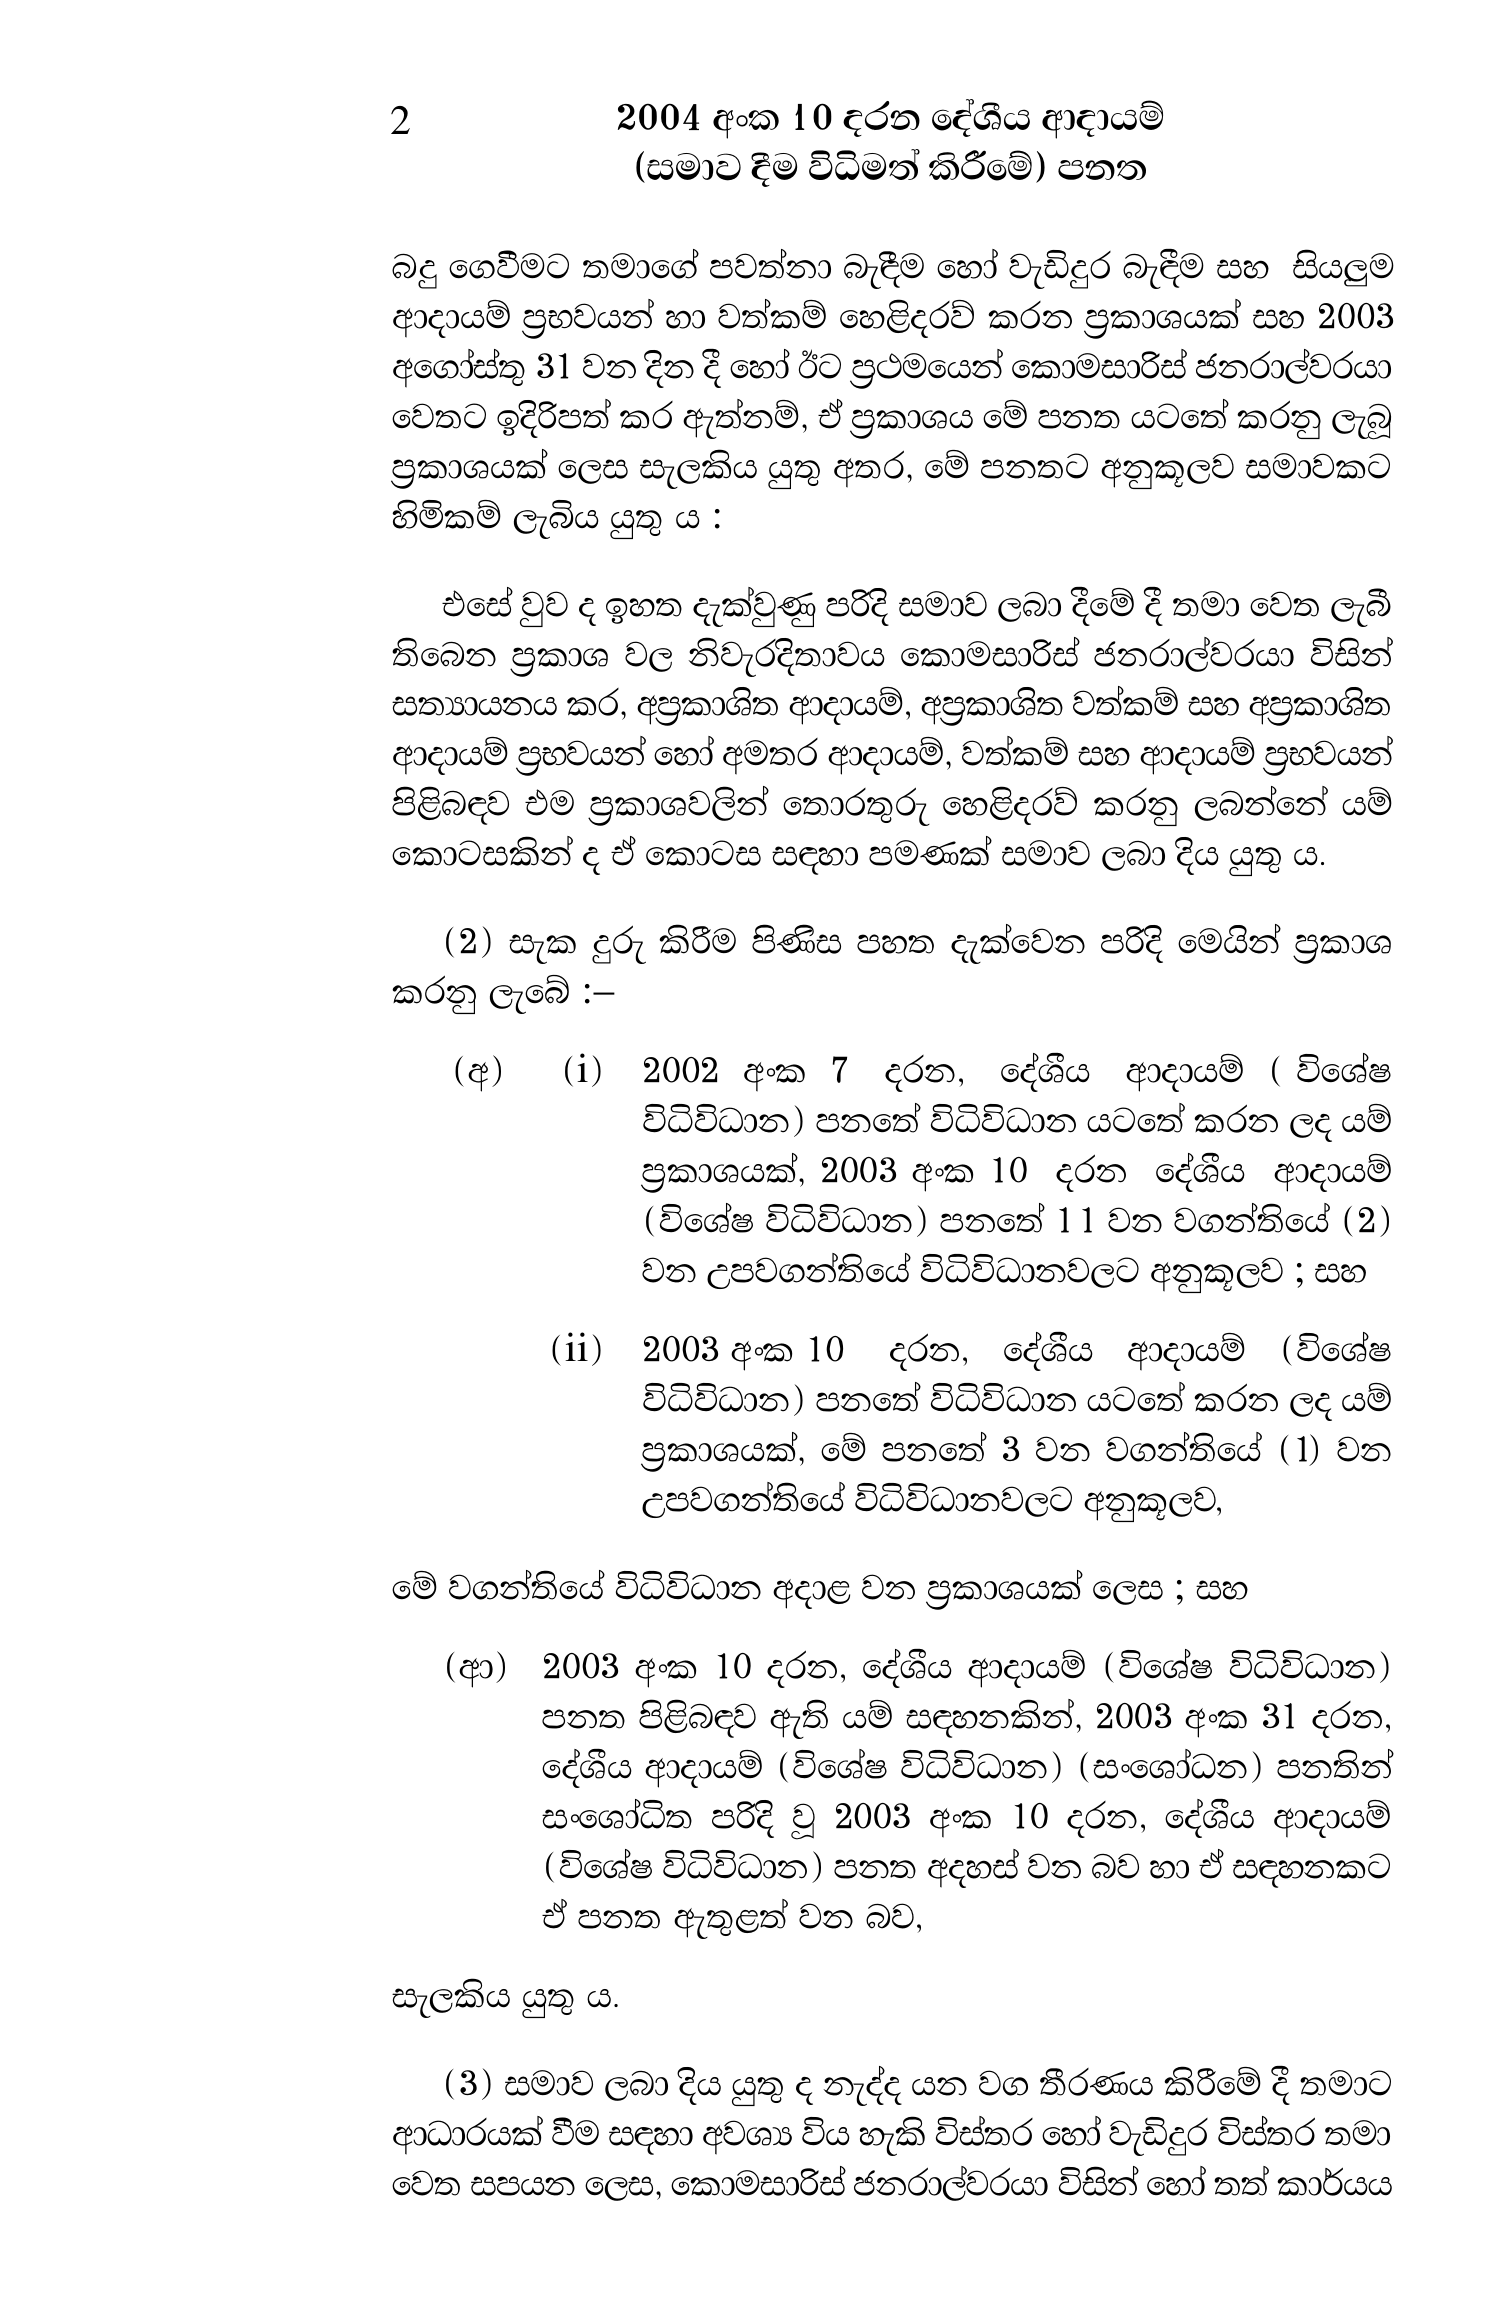
2 2004 අංක 10 දරන දේශීය ආදායම්
(සමාව දීම විධිමත් කිරීමේ) පනත

බදු ගෙවීමට තමාගේ පවත්නා බැඳීම හෝ වැඩිදුර බැඳීම සහ සියලුම
ආදායම් ප්‍රභවයන් හා වත්කම් හෙළිදරව් කරන ප්‍රකාශයක් සහ 2003
අගෝස්තු 31 වන දින දී හෝ ඊට ප්‍රථමයෙන් කොමසාරිස් ජනරාල්වරයා
වෙතට ඉදිරිපත් කර ඇත්නම්, ඒ ප්‍රකාශය මේ පනත යටතේ කරනු ලැබූ
ප්‍රකාශයක් ලෙස සැලකිය යුතු අතර, මේ පනතට අනුකූලව සමාවකට
හිමිකම් ලැබිය යුතු ය :

එසේ වුව ද ඉහත දැක්වුණු පරිදි සමාව ලබා දීමේ දී තමා වෙත ලැබී
තිබෙන ප්‍රකාශ වල නිවැරදිතාවය කොමසාරිස් ජනරාල්වරයා විසින්
සත්‍යායනය කර, අප්‍රකාශිත ආදායම්, අප්‍රකාශිත වත්කම් සහ අප්‍රකාශිත
ආදායම් ප්‍රභවයන් හෝ අමතර ආදායම්, වත්කම් සහ ආදායම් ප්‍රභවයන්
පිළිබඳව එම ප්‍රකාශවලින් තොරතුරු හෙළිදරව් කරනු ලබන්නේ යම්
කොටසකින් ද ඒ කොටස සඳහා පමණක් සමාව ලබා දිය යුතු ය.

(2) සැක දුරු කිරීම පිණිස පහත දැක්වෙන පරිදි මෙයින් ප්‍රකාශ
කරනු ලැබේ :−

(අ) (i) 2002 අංක 7 දරන, දේශීය ආදායම් (විශේෂ
විධිවිධාන)පනතේ විධිවිධාන යටතේ කරන ලද යම්
ප්‍රකාශයක්, 2003 අංක 10 දරන දේශීය ආදායම්
(විශේෂ විධිවිධාන) පනතේ 11 වන වගන්තියේ (2)
වන උපවගන්තියේ විධිවිධානවලට අනුකූලව ; සහ

(ii) 2003 අංක 10 දරන, දේශීය ආදායම් (විශේෂ
විධිවිධාන) පනතේ විධිවිධාන යටතේ කරන ලද යම්
ප්‍රකාශයක්, මේ පනතේ 3 වන වගන්තියේ (1) වන
උපවගන්තියේ විධිවිධානවලට අනුකූලව,

මේ වගන්තියේ විධිවිධාන අදාළ වන ප්‍රකාශයක් ලෙස ; සහ

(ආ) 2003 අංක 10 දරන, දේශීය ආදායම් (විශේෂ විධිවිධාන)
පනත පිළිබඳව ඇති යම් සඳහනකින්, 2003 අංක 31 දරන,
දේශීය ආදායම් (විශේෂ විධිවිධාන) (සංශෝධන) පනතින්
සංශෝධිත පරිදි වූ 2003 අංක 10 දරන, දේශීය ආදායම්
(විශේෂ විධිවිධාන) පනත අදහස් වන බව හා ඒ සඳහනකට
ඒ පනත ඇතුළත් වන බව,

සැලකිය යුතු ය.

(3) සමාව ලබා දිය යුතු ද නැද්ද යන වග තීරණය කිරීමේ දී තමාට
ආධාරයක් වීම සඳහා අවශ්‍ය විය හැකි විස්තර හෝ වැඩිදුර විස්තර තමා
වෙත සපයන ලෙස, කොමසාරිස් ජනරාල්වරයා විසින් හෝ තත් කාර්යය